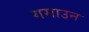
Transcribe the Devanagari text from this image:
गमाउन